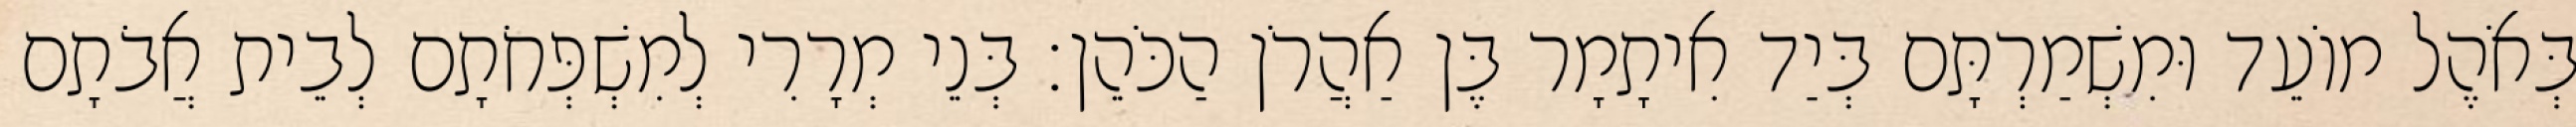
בְּאֹהֶל מוֹעֵד וּמִשְׁמַרְתָּם בְּיַד אִיתָמָר בֶּן אַהֲרֹן הַכֹּהֵן׃ בְּנֵי מְרָרִי לְמִשְׁפְּחֹתָם לְבֵית אֲבֹתָם